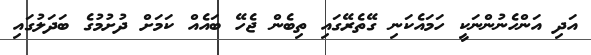
އަދި އަންހެނުންނަކީ ހަމައެކަނި ގޭތެރޭގައި ތިބެން ޖެހޭ ބައެއް ކަމަށް ދުށުމުގެ ބަދަލުގައި